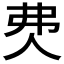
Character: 𰁰